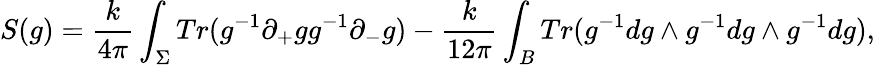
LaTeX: S(g)=\frac{k}{4\pi}\int_{\Sigma}Tr(g^{-1}\partial_{+}gg^{-1}\partial_{-}g)-\frac{k}{12\pi}\int_{B}Tr(g^{-1}dg\wedge g^{-1}dg\wedge g^{-1}dg),